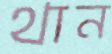
থান